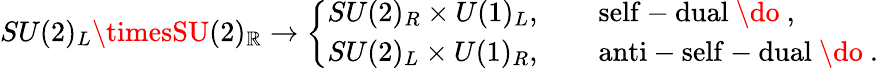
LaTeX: SU(2)_{L}\timesSU(2)_{\mathbb{R}}\rightarrow\left\{ \begin{array}{l}{{SU(2)_{R}\times U(1)_{L},\qquad\mathrm{self-dual~\do~},}}\\ {{SU(2)_{L}\times U(1)_{R},\qquad\mathrm{anti-self-dual~\do~}.}}\end{array}\right.